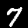
Digit: 7